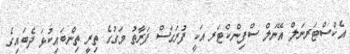
އެކްސްޓަރނަލް އޭނަލް ސްފިންކްޓަރ އަކީ ފުރަގަސް ފަރާތު މަގުގެ ތިރީ ތިންބައިކުޅަ ދެބައިގެ